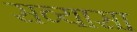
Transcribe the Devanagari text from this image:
सव्यासा